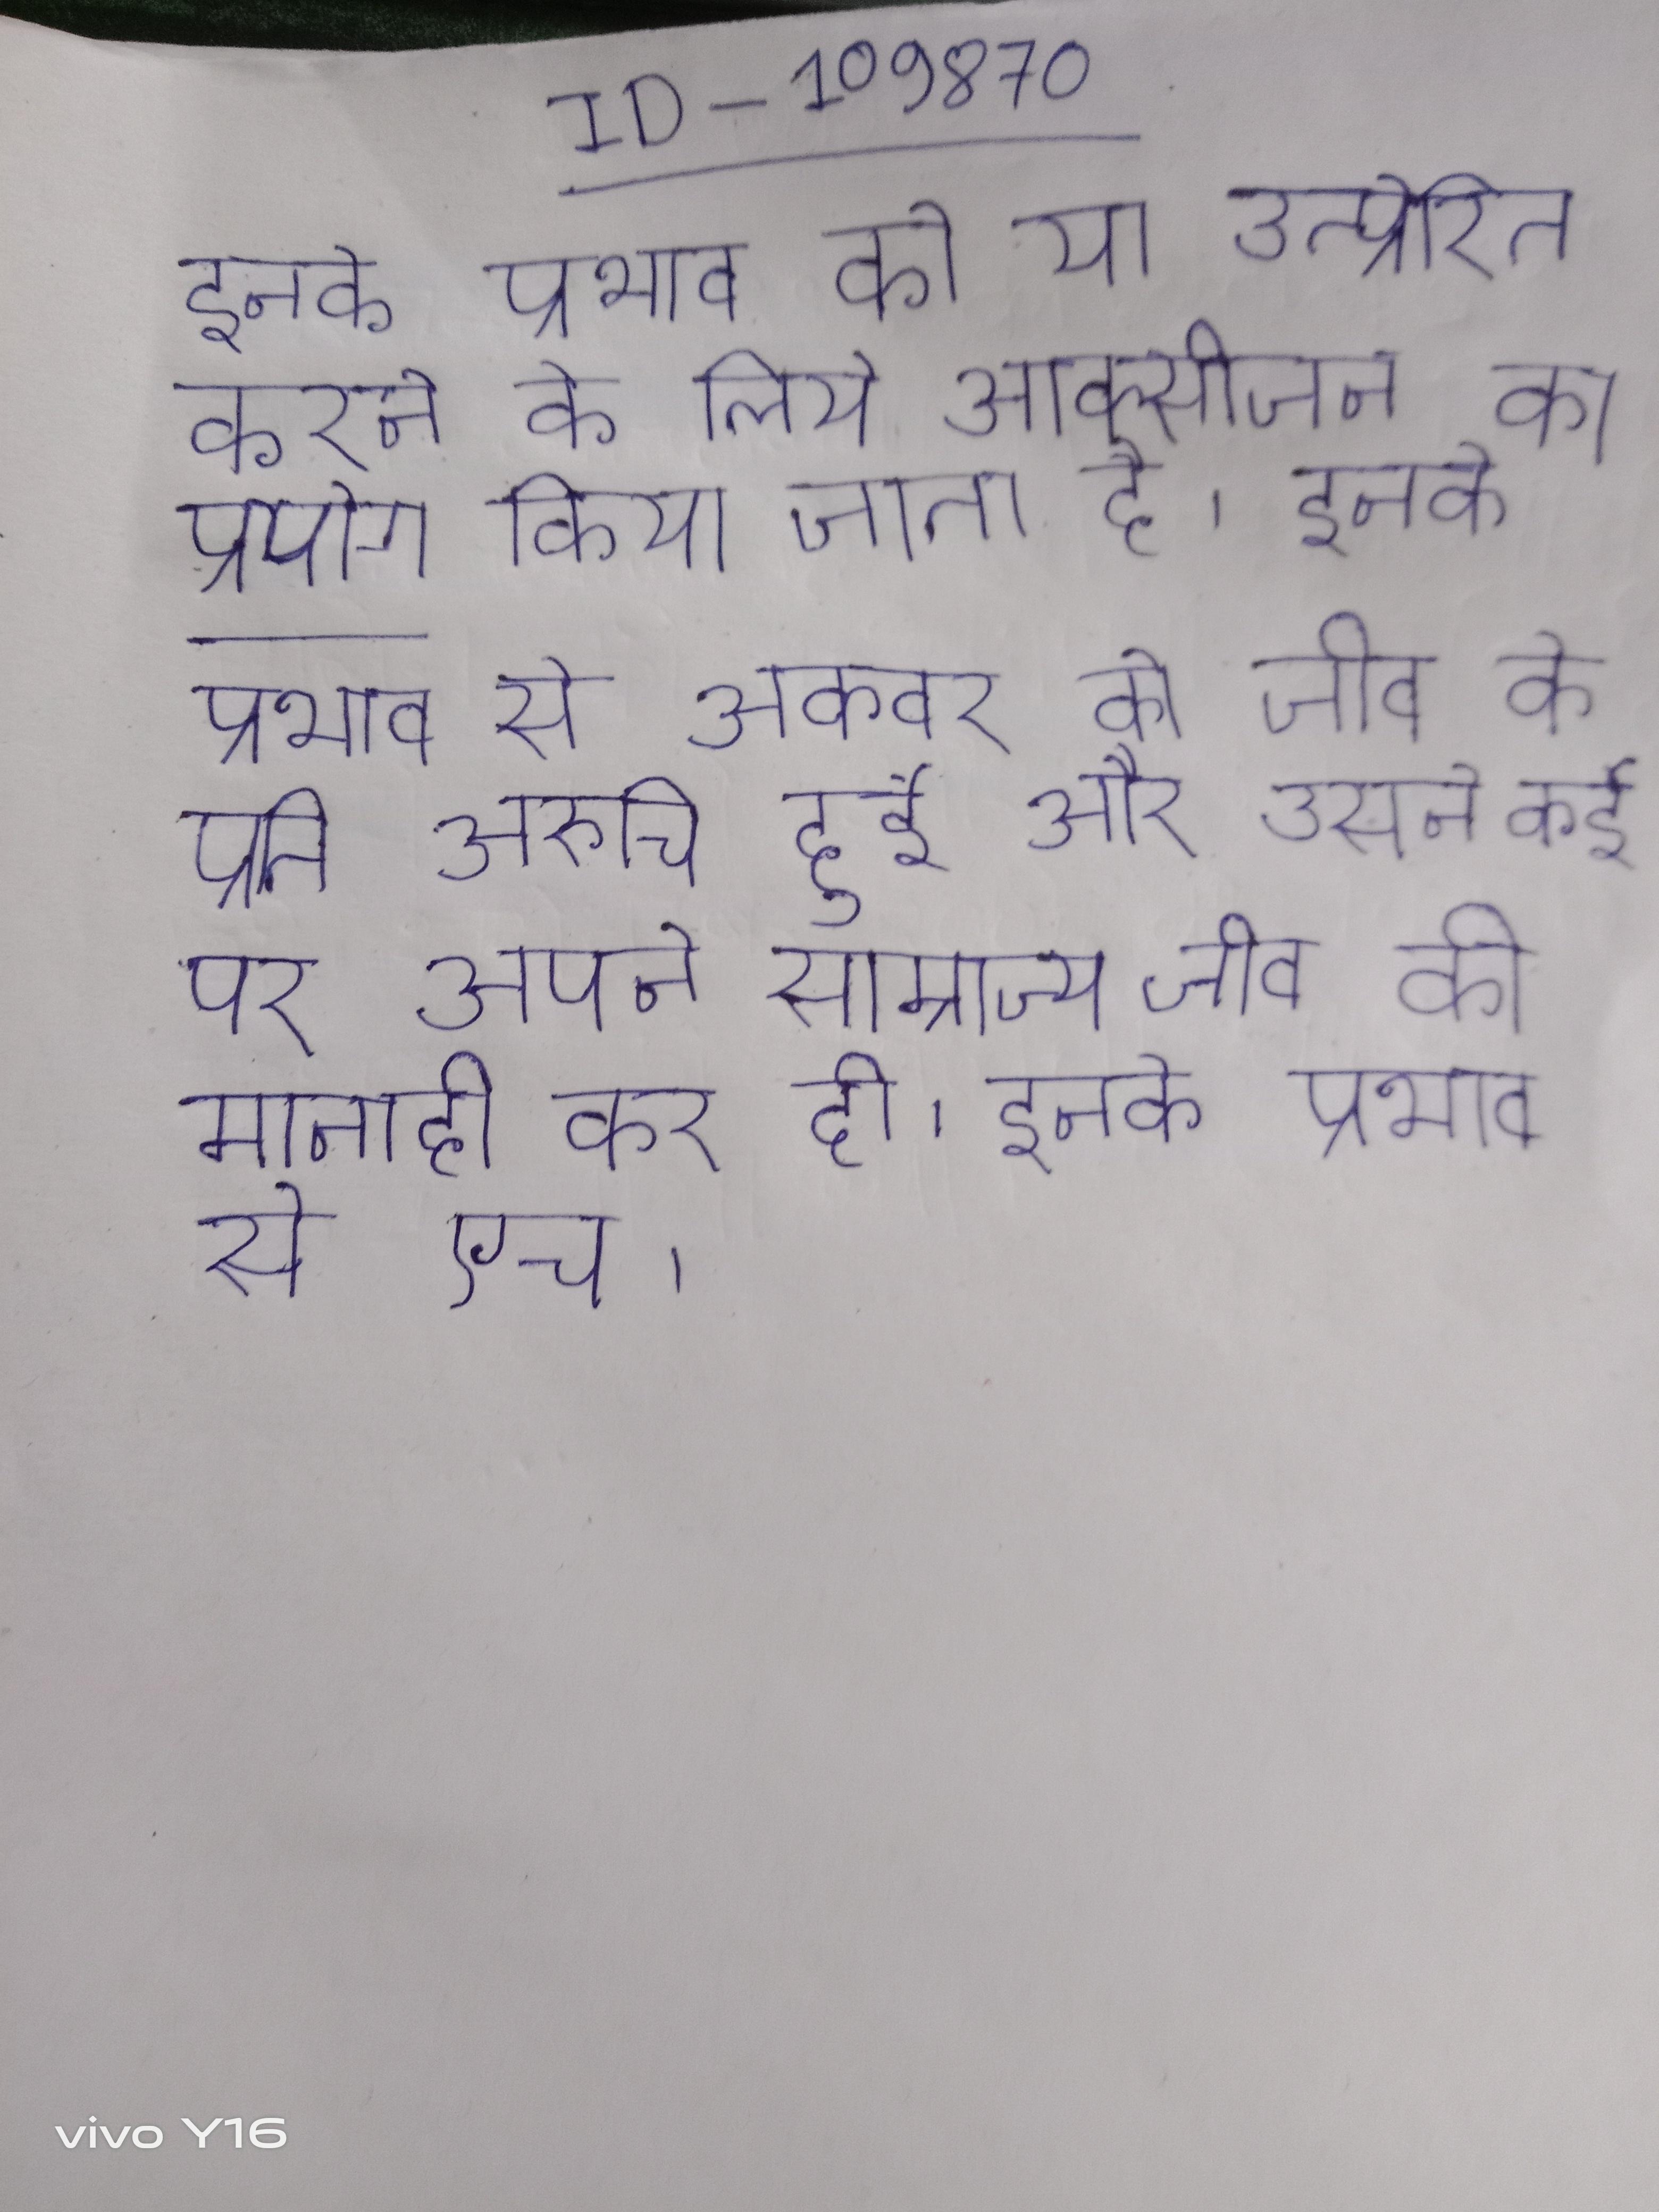
इनके प्रभाव को या उत्प्रेरित करने के लिये आक्सीजन का प्रयोग किया जाता है । इनके प्रभाव से अकबर को जीव के प्रति अरुचि हुई और उसने कई पर अपने साम्राज्य जीव की मनाही कर दी । इनके प्रभाव से एच .